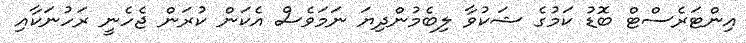
އިންޓަރެސްޓް ބޮޑު ކަމުގެ ޝަކުވާ ލިބެމުންދިޔަ ނަމަވެސް އެކަން ކުރަން ޖެހެނީ ރަހުނަކާއި